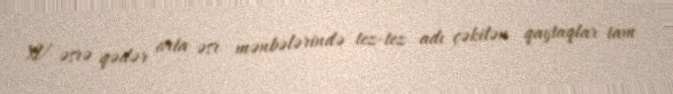
XV əsrə qədər orta əsr mənbələrində tez-tez adı çəkilən qaytaqlar tam